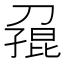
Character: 𪟓